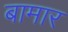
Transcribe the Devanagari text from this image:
बामार